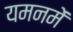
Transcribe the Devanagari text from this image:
यमनमें